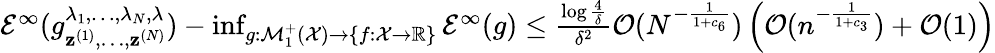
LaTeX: \begin{array}{r}{\mathcal{E}^{\infty}(g_{{\mathbf z}^{(1)},\ldots,{\mathbf z}^{(N)}}^{\lambda_{1},\ldots,\lambda_{N},\lambda})-\operatorname*{inf}_{g:\mathcal{M}_{1}^{+}(\mathcal{X})\to\left\{ f:\mathcal{X}\to\mathbb{R}\right\} }\mathcal{E}^{\infty}(g)\leq\frac{\log\frac{4}{\delta}}{\delta^{2}}\mathcal{O}(N^{-\frac{1}{1+c_{6}}})\left(\mathcal{O}({n^{-\frac{1}{1+c_{3}}}})+\mathcal{O}(1)\right)}\end{array}